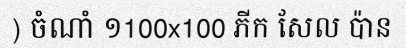
) ចំណាំ ១100x100 ភីក សែល ប៉ាន